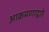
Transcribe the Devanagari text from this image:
आक्रमणाद्वारे